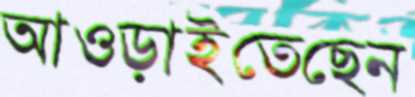
আওড়াইতেছেন